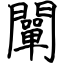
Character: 闡